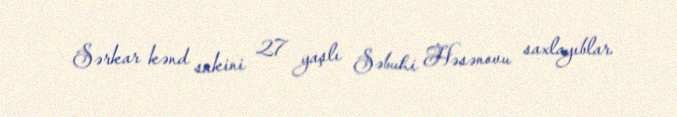
Sərkar kənd sakini 27 yaşlı Səbuhi Həsənovu saxlayıblar.